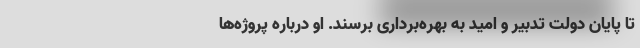
تا پایان دولت تدبیر و امید به بهره‌برداری برسند. او درباره پروژه‌ها